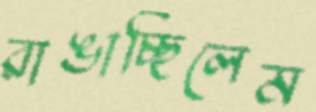
রাঙাচ্ছিলেম